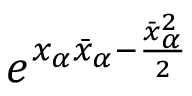
e ^ { x _ { \alpha } \bar { x } _ { \alpha } - \frac { \bar { x } _ { \alpha } ^ { 2 } } { 2 } }